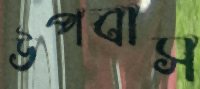
উপবাস